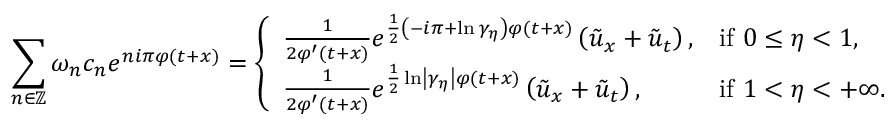
\sum _ { n \in \mathbb { Z } } \omega _ { n } c _ { n } e ^ { n i \pi \varphi ( t + x ) } = \left\{ \begin{array} { l l } { \frac { 1 } { 2 \varphi ^ { \prime } ( t + x ) } \displaystyle e ^ { \frac { 1 } { 2 } \left( - i \pi + \ln \gamma _ { \eta } \right) \varphi ( t + x ) } \left( \tilde { u } _ { x } + \tilde { u } _ { t } \right) \medskip , } & { \mathrm { i f ~ } 0 \leq \eta < 1 , } \\ { \frac { 1 } { 2 \varphi ^ { \prime } ( t + x ) } \displaystyle e ^ { \frac { 1 } { 2 } \ln \left\vert \gamma _ { \eta } \right\vert \varphi ( t + x ) } \left( \tilde { u } _ { x } + \tilde { u } _ { t } \right) , } & { \mathrm { i f ~ } 1 < \eta < + \infty . } \end{array} \right.